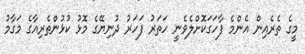
މީގެ ތެރެއިން އެންމެ ފާހަގަކޮށްލެވެނީ ހަތަރު ފަހަރު ދުނިޔޭގެ މޮޅު ކުޅުންތެރިއާގެ މަގާމު